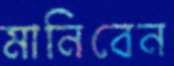
মানিবেন